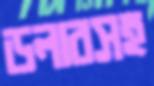
ডলারসহ